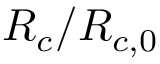
{ R _ { c } } / { R _ { c , 0 } }